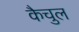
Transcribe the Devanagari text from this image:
कैचुल